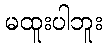
မထူးပါဘူး